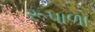
રૂપાળો